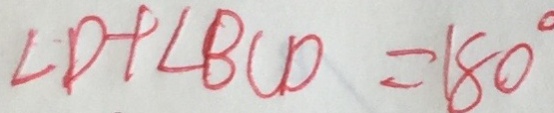
\angle D + \angle B C D = 1 8 0 ^ { \circ }